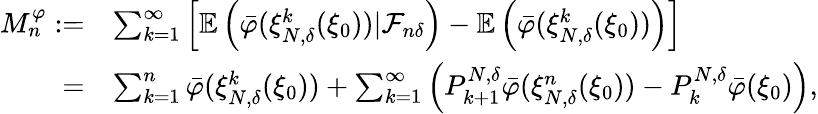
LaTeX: \begin{array}{rl}{M_{n}^{\varphi}:=}&{\sum_{k=1}^{\infty}\left[\mathbb{E}\left(\bar{\varphi}(\xi_{N,\delta}^{k}(\xi_{0}))|\mathcal{F}_{n\delta}\right)-\mathbb{E}\left(\bar{\varphi}(\xi_{N,\delta}^{k}(\xi_{0}))\right)\right]}\\ {=}&{\sum_{k=1}^{n}\bar{\varphi}(\xi_{N,\delta}^{k}(\xi_{0}))+\sum_{k=1}^{\infty}\left(P_{k+1}^{N,\delta}\bar{\varphi}(\xi_{N,\delta}^{n}(\xi_{0}))-P_{k}^{N,\delta}\bar{\varphi}(\xi_{0})\right),}\end{array}